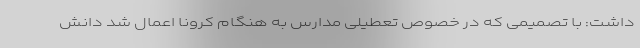
داشت: با تصمیمی که در خصوص تعطیلی مدارس به هنگام کرونا اعمال شد دانش